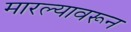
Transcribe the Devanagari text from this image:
मारल्यावरून